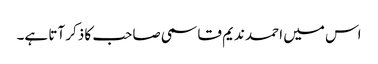
اس میں احمد ندیم قاسمی صاحب کا ذکر آتا ہے۔